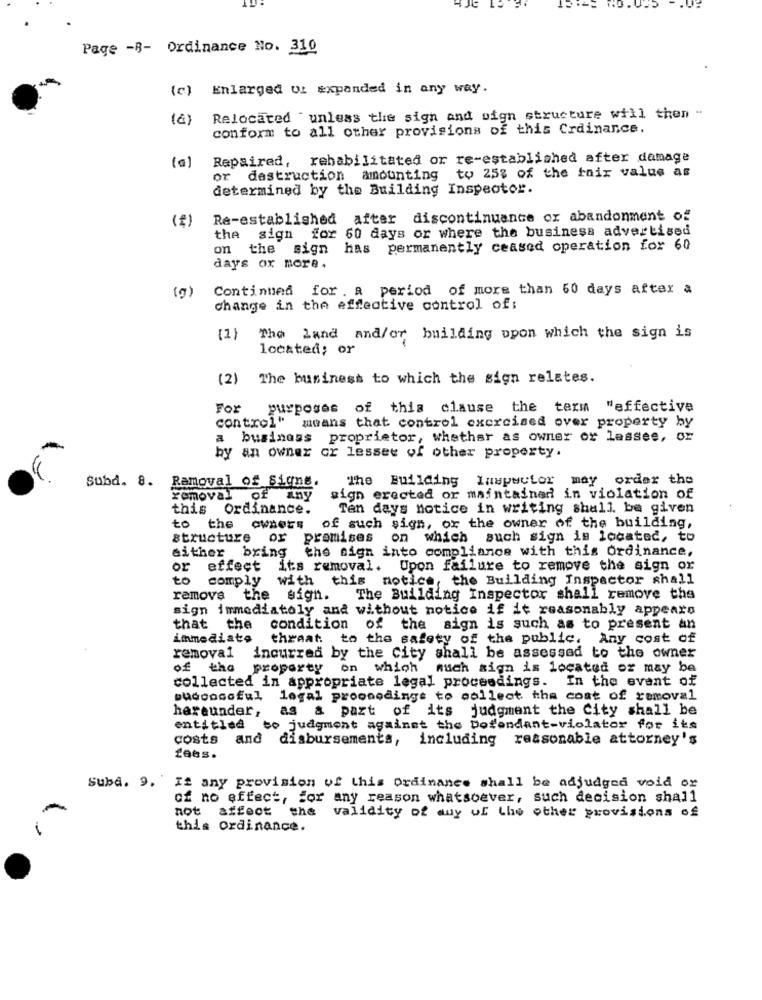
JE
Page -B- Ordinance No. 310
(c) Enlarged ut expanded in any way.
Relocated " unless the sign and sign structure will then -
conform to all other provisions of this Crdinance.
Repaired, rehabilitated or re-established after damage
(a)
or destruction amounting to 25% of the fair value as
determined by the Building Inspeotor.
(f)
Re-established after discontinuance or abandonment of
the sign for 60 days or where the business advertised
on the sign has permanently ceased operation for 60
days or more .
Continued for . a period of more than 60 days after a
change in the effective control of:
(1) The Land and/or building upon which the sign is
located; or
(2) The business to which the sign relates.
For
purposes of this clause the term "effective
control"
means that control exercised over property by
a
business
proprietor, whether as owner of lessee, or
by an owner cr lessee of other property.
Subd. 8.
Ramoval of Signe.
The Building Inspector may order the
removal
of any
sign erected or maintained in violation of
this Ordinance.
Ten days notice in writing shall be given
to the owners
of such sign, or the owner of the building,
structure or
promises
on which such sign is located, to
the sign into compliance with this Ordinance,
either bring
or effect its removal. Upon failure to remove the sign or
to
comply with this
notice, the Building Inspector shall
remove
the sign.
The Building Inspector shall remove the
sign immediately and without notice if it reasonably appears
that the
condition of
the sign is such as to present an
immediato
threat.
to the safety of the public. Any cost of
removal
incurred by the City shall be assessed to the owner
of the property on which
much sign is located oz may be
collected in appropriate legal proceedings. In the event of
succosoful legal proceedings to collect the coat of removal
hereunder,
as & part of its judgment the City shall be
entitled to judgment against the Defendant-violator for its
costs and disbursements, including reasonable attorney's
fees.
Subd. 9. If any provision of this ordinance shall be adjudged void or
of no effect, for any reason whatsoever, such decision shall
not affect the validity of any of the other provisions of
this Ordinance.